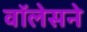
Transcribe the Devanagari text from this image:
वॉलेसने